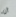
أن